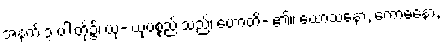
အနက် ၃ ပါးတို့၌၊ ယု- ယုပစ္စည်းသည်၊ ဟောတိ- ၏။ ဃောသနော, ကောဓနော,